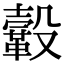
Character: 𩌊